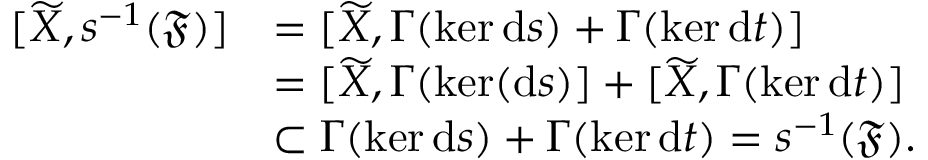
\begin{array} { r l } { [ \widetilde { X } , s ^ { - 1 } ( \mathfrak { F } ) ] } & { = [ \widetilde { X } , \Gamma ( \ker \mathrm { d } s ) + \Gamma ( \ker \mathrm { d } t ) ] } \\ & { = [ \widetilde { X } , \Gamma ( \ker ( \mathrm { d } s ) ] + [ \widetilde { X } , \Gamma ( \ker \mathrm { d } t ) ] } \\ & { \subset \Gamma ( \ker \mathrm { d } s ) + \Gamma ( \ker \mathrm { d } t ) = s ^ { - 1 } ( \mathfrak { F } ) . } \end{array}